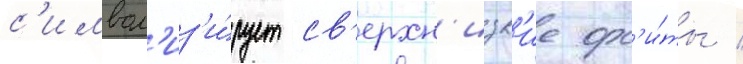
с'имвол'из'и́рует св'ерхн'изк'ие орб'и́ты /